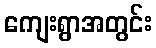
ကျေးရွာအတွင်း